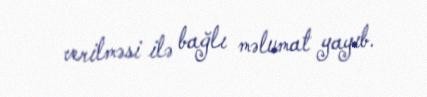
verilməsi ilə bağlı məlumat yayıb.